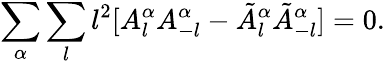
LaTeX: \sum_{\alpha}\sum_{l}l^{2}[A_{l}^{\alpha}A_{-l}^{\alpha}-\tilde{A}_{l}^{\alpha}\tilde{A}_{-l}^{\alpha}]=0.